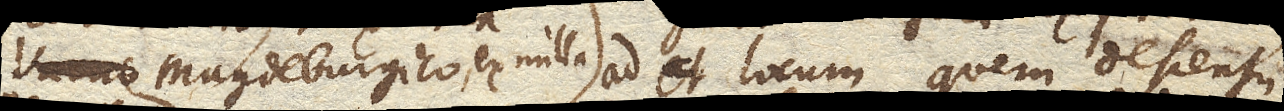
Vacuo Magdeburgico, ex nulla . et locum quem descensu